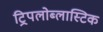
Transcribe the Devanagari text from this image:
ट्रिपलोब्लास्टिक